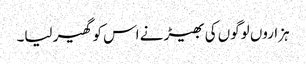
ہزاروں لوگوں کی بھیڑ نے اس کو گھیر لیا۔